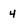
Character: 4